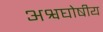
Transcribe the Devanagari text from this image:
अश्वघोषीय